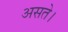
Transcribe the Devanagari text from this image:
असते।